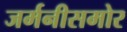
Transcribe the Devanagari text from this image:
जर्मनीसमोर